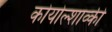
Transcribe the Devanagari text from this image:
कोयोल्शाव्की